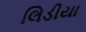
લિડીયા